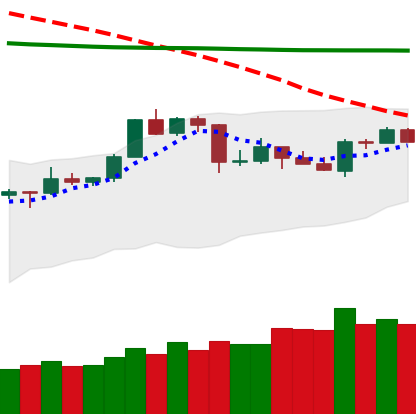
Ticker: TRX-USD
Chart end date: 2020-04-19
Forward return: 7.574%
Label: up_7plus